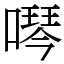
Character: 噖